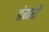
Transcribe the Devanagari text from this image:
डंगरों